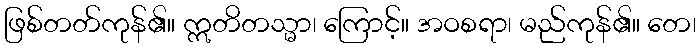
ဖြစ်တတ်ကုန်၏။ ဣတိတသ္မာ၊ ကြောင့်။ အဝစရာ၊ မည်ကုန်၏။ တေ၊